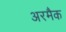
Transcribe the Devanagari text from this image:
अरमैक